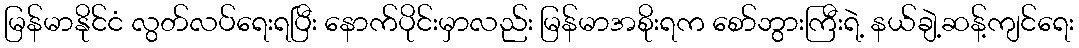
မြန်မာနိုင်ငံ လွတ်လပ်ရေးရပြီး နောက်ပိုင်းမှာလည်း မြန်မာအစိုးရက စော်ဘွားကြီးရဲ့ နယ်ချဲ့ဆန့်ကျင်ရေး